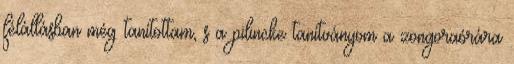
félállásban még tanítottam, s a pilincke tanítványom a zongoraórára